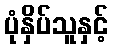
ပုံနှိပ်သူနှင့်